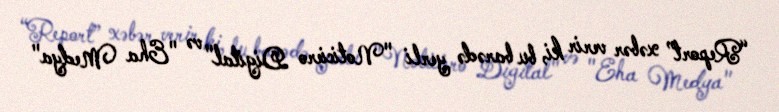
“Report” xəbər verir ki, bu barədə yerli "Noticiero Digital" və "Eha Medya"